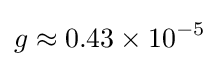
g\approx 0.43\times 10^{-5}